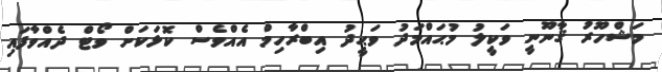
މަޝްހޫރު ޤާނޫނީ ވަކީލު މުޙައްމަދު ވަޙީދު އިބްރާހިމް އެއްވެސް ކޮޅަކަށް ވޯޓް ދެއްވާފައި